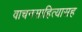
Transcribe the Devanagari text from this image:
वाचनसाहित्यासह